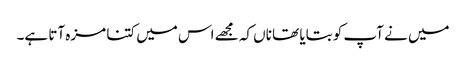
میں نے آپ کو بتایا تھا ناں کہ مجھے اس میں کتنا مزہ آتا ہے۔